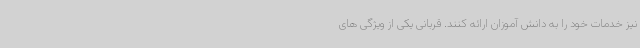
نیز خدمات خود را به دانش آموزان ارائه کنند. قربانی یکی از ویژگی های